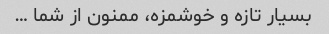
بسیار تازه و خوشمزه، ممنون از شما …